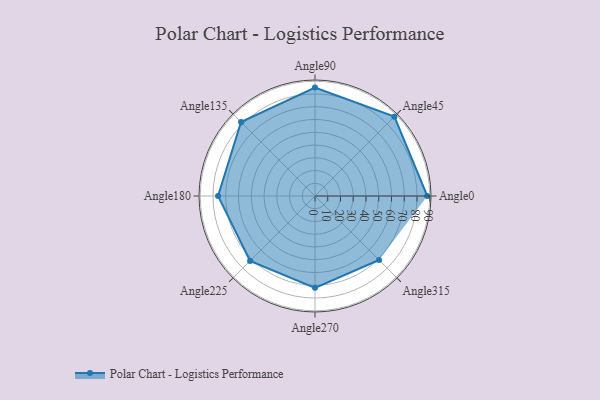
{"axis": {"x": "Angle", "y": "Radius"}, "legend": [""], "data": [{"x": "Angle0", "y": 88.0, "type": ""}, {"x": "Angle45", "y": 88.0, "type": ""}, {"x": "Angle90", "y": 85.0, "type": ""}, {"x": "Angle135", "y": 82.0, "type": ""}, {"x": "Angle180", "y": 76.0, "type": ""}, {"x": "Angle225", "y": 72.0, "type": ""}, {"x": "Angle270", "y": 72.0, "type": ""}, {"x": "Angle315", "y": 71.0, "type": ""}]}